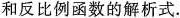
和反比例函数的解析式.